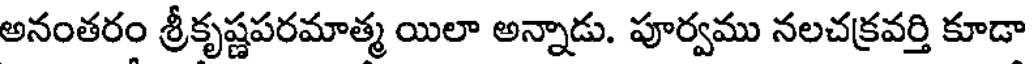
అనంతరం శ్రీకృష్ణపరమాత్మ యిలా అన్నాడు. పూర్వము నలచక్రవర్తి కూడా